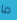
ما